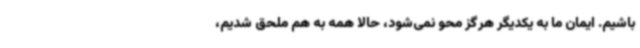
باشیم. ایمان ما به یکدیگر هرگز محو نمی‌شود، حالا همه به هم ملحق شدیم،